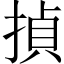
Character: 揁